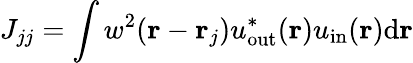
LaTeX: J_{jj}=\int w^{2}(\mathbf{r}-\mathbf{r}_{j})u_{\mathrm{out}}^{*}(\mathbf{r})u_{\mathrm{in}}(\mathbf{r})\mathrm{d}\mathbf{r}